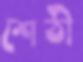
শেঠী